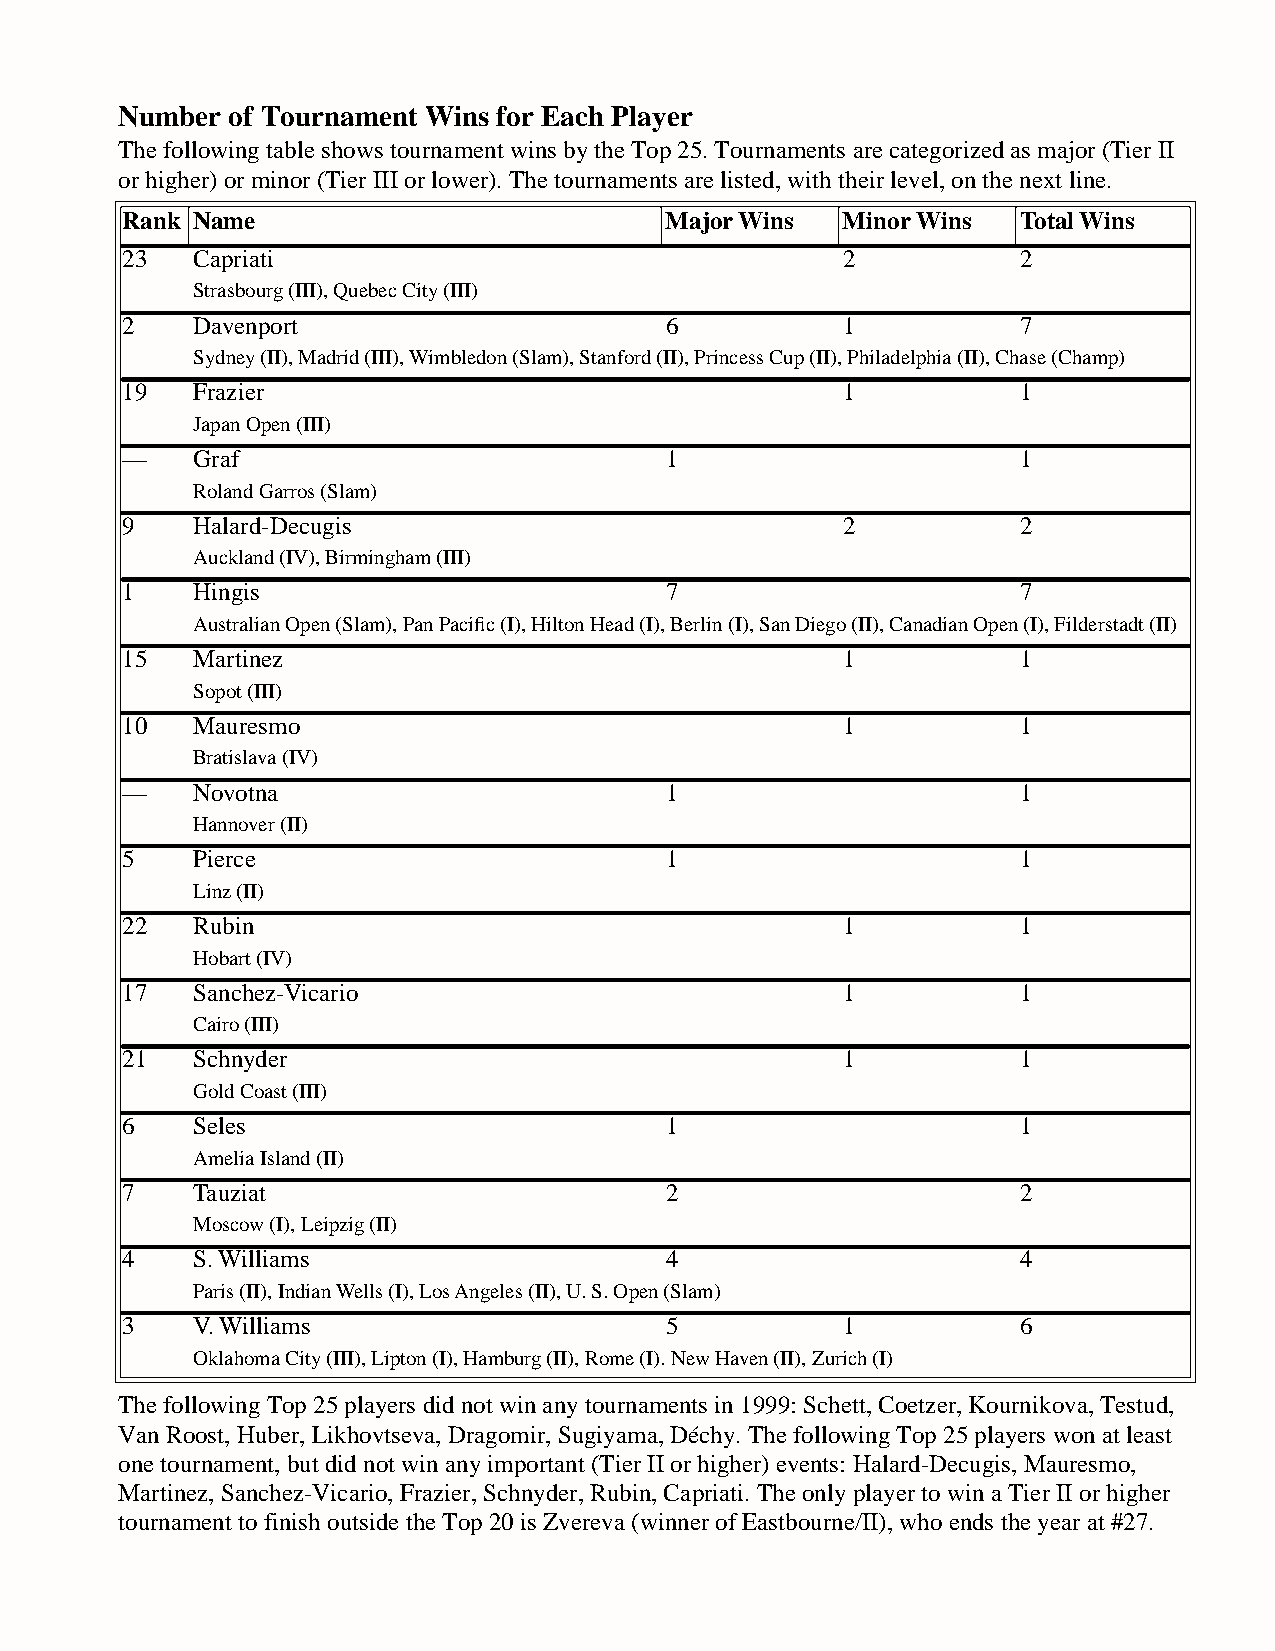
Number  of Tournament Wins for Each Player
 The following table shows tournament wins by the Top 25. Tournaments are categorized as major (Tier II
 or higher) or minor (Tier III or lower). The tournaments are listed, with their level, on the next line.
 Rank Name                          Major Wins  Minor Wins  Total Wins
 23  Capriati                                   2           2
 Strasbourg (III), Quebec City (III)
 2   Davenport                      6           1           7
 Sydney (II), Madrid (III), Wimbledon (Slam), Stanford (II), Princess Cup (II), Philadelphia (II), Chase (Champ)
 19  Frazier                                    1           1
 Japan Open (III)
 —   Graf                           1                       1
 Roland Garros (Slam)
 9   Halard-Decugis                             2           2
 Auckland (IV), Birmingham (III)
 1   Hingis                         7                       7
 Australian Open (Slam), Pan Pacific (I), Hilton Head (I), Berlin (I), San Diego (II), Canadian Open (I), Filderstadt (II)
 15  Martinez                                   1           1
 Sopot (III)
 10  Mauresmo                                   1           1
 Bratislava (IV)
 —   Novotna                        1                       1
 Hannover (II)
 5   Pierce                         1                       1
 Linz (II)
 22  Rubin                                      1           1
 Hobart (IV)
 17  Sanchez-Vicario                            1           1
 Cairo (III)
 21  Schnyder                                   1           1
 Gold Coast (III)
 6   Seles                          1                       1
 Amelia Island (II)
 7   Tauziat                        2                       2
 Moscow (I), Leipzig (II)
 4   S. Williams                    4                       4
 Paris (II), Indian Wells (I), Los Angeles (II), U. S. Open (Slam)
 3   V. Williams                    5           1           6
 Oklahoma City (III), Lipton (I), Hamburg (II), Rome (I). New Haven (II), Zurich (I)
 The following Top 25 players did not win any tournaments in 1999: Schett, Coetzer, Kournikova, Testud,
 Van Roost, Huber, Likhovtseva, Dragomir, Sugiyama, Déchy. The following Top 25 players won at least
 one tournament, but did not win any important (Tier II or higher) events: Halard-Decugis, Mauresmo,
 Martinez, Sanchez-Vicario, Frazier, Schnyder, Rubin, Capriati. The only player to win a Tier II or higher
 tournament to finish outside the Top 20 is Zvereva (winner of Eastbourne/II), who ends the year at #27.